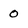
Character: 0